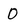
Character: O